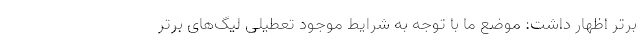
برتر اظهار داشت: موضع ما با توجه به شرایط موجود تعطیلی لیگ‌های برتر